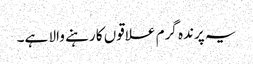
یہ پرندہ گرم علاقوں کا رہنے والا ہے۔